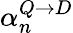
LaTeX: \alpha_{n}^{Q\rightarrow D}